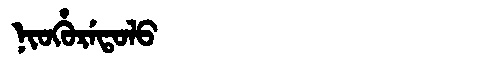
Manchu: ᠨᡳᠣᡥᡠᡵᡝᡨᠣᠯᠣ
Romanization: NIOHURETOLO